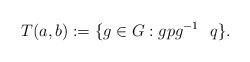
\begin{align*} T(a,b):= \{g \in G: gpg^{-1} \ \ q\}.\end{align*}